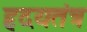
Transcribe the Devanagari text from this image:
हृदयतंत्र